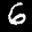
Label: 6